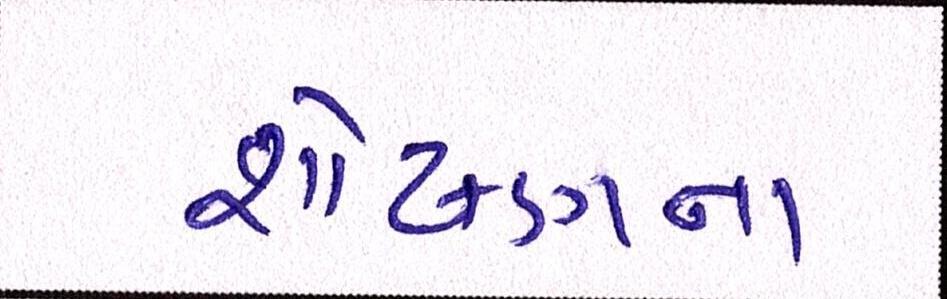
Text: શોષણના